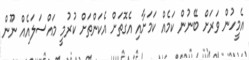
އެމީހުން ވަރަށް ބޭނުން ކަމެއް ކަމަށާއި އެގޮތަށް އެކަންތަށް ކުރުމީ މައްސަލައެއް ނޫން